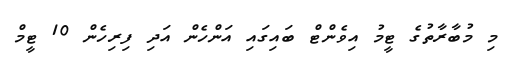
މި މުބާރާތުގެ ޓީމު އިވެންޓް ބައިގައި އަންހެން އަދި ފިރިހެން 10 ޓީމް